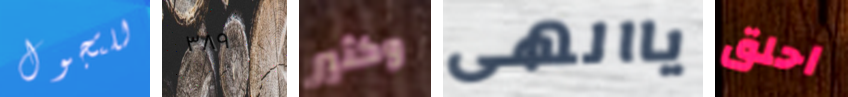
للتجول ٣٨٩ وكثير ياالهى احلق